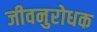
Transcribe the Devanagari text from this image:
जीवनुरोधक